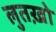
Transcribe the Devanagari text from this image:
लुतख़ो